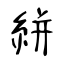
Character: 絣